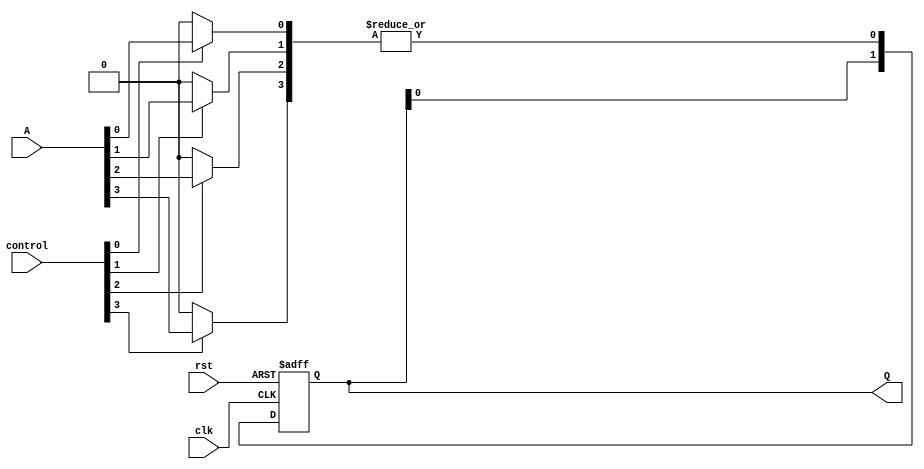
module RPAL #(
    parameter N = 4,   // Number of inputs
    parameter M = 2    // Number of outputs (flip-flops)
)(
    input wire [N-1:0] A,         // Input signals
    input wire [N-1:0] control,   // Control signals for programming the AND array
    input wire clk,                // Clock signal
    input wire rst,                // Reset signal
    output reg [M-1:0] Q           // Registered outputs
);

// Internal wires for product terms
wire [N-1:0] product_terms;

// Programmable AND array
genvar i;
generate
    for (i = 0; i < N; i = i + 1) begin : and_array
        assign product_terms[i] = control[i] ? A[i] : 1'b0; // Simple programming logic
    end
endgenerate

// Fixed OR array (combining product terms)
wire or_output;
assign or_output = |product_terms; // ORing all product terms

// Register section
always @(posedge clk or posedge rst) begin
    if (rst) begin
        Q <= 0; // Asynchronous reset
    end else begin
        Q <= {Q[M-2:0], or_output}; // Shift register implementation
    end
end

endmodule